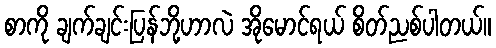
စာကို ချက်ချင်းပြန်ဘို့ဟာလဲ အိုမောင်ရယ် စိတ်ညစ်ပါတယ်။